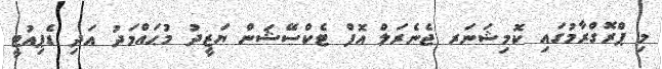
މި ޕްރޮގްރާމުގައި ކޮމިޝަނަރ ޖެނެރަލް އޮފް ޓެކްސޭޝަން ޔަޒީދު މުޙައްމަދު އަދި ޑެޕިއުޓީ